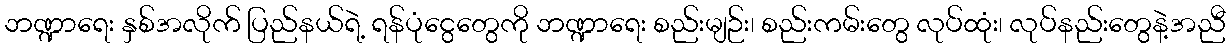
ဘဏ္ဍာရေး နှစ်အလိုက် ပြည်နယ်ရဲ့ ရန်ပုံငွေတွေကို ဘဏ္ဍာရေး စည်းမျဉ်း၊ စည်းကမ်းတွေ လုပ်ထုံး၊ လုပ်နည်းတွေနဲ့အညီ